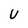
Character: U